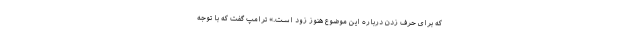
که برای حرف زدن درباره این موضوع هنوز زود است.» ترامپ گفت که با توجه